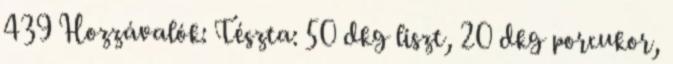
439 Hozzávalók: Tészta: 50 dkg liszt, 20 dkg porcukor,